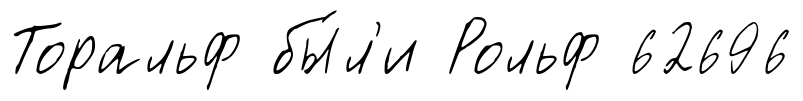
Торальф бы́л'и Рольф 62696